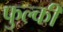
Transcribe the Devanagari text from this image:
फुल्‍की